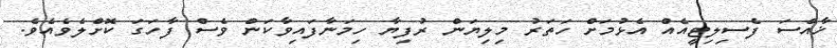
ޚާއްސަ ފެސިލިޓީއެއް އެޅުމަށް ހަތަރު މިލިޔަން ރުފިޔާ ހިމަނާފައިވާކަން ވެސް ފާހަގަ ކޮށްލެވެއެވެ.